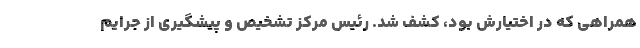
همراهی که در اختیارش بود، کشف شد. رئیس مرکز تشخیص و پیشگیری از جرایم